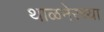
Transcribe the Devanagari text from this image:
थाळनेरच्या